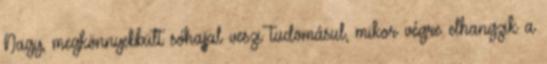
Nagy, megkönnyebbült sóhajjal veszi tudomásul, mikor végre elhangzik a